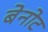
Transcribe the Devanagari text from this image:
बेनोट